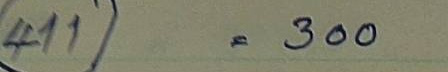
411 = 300